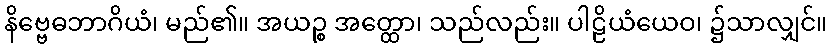
နိဗ္ဗေဓဘာဂိယံ၊ မည်၏။ အယဉ္စ အတ္ထော၊ သည်လည်း။ ပါဠိယံယေဝ၊ ၌သာလျှင်။